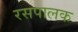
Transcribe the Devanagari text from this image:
रसपालक